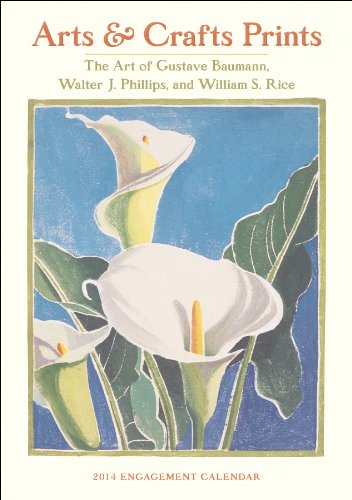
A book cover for Arts & Crafts Prints 2014 Calendar: The Art of Gustave Baumann, Walter J. Phillips, and William S. Rice; Calendars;